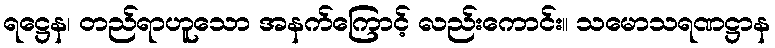
ရဋ္ဌေန၊ တည်ရာဟူသော အနက်ကြောင့် လည်းကောင်း။ သမောသရဏဋ္ဌာန